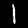
Label: 1